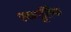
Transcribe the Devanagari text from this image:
एकमूर्तिक